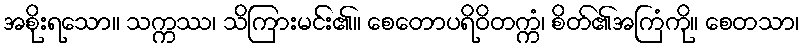
အစိုးရသော။ သက္ကဿ၊ သိကြားမင်း၏။ စေတောပရိဝိတက္ကံ၊ စိတ်၏အကြံကို။ စေတသာ၊